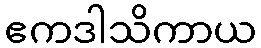
ဧကဒါသိကာယ